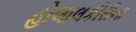
હોલાલકીરીના